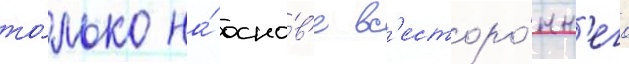
то́лько на́ осно́в'е вс'есторо́нн'его